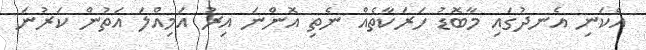
އެކަނި އެނދުގައި މާބޮޑު ހަރަކާތެއް ނެތި އޮންނަ އިރު އަމިއްލަ އަތުން ކަރުނަ